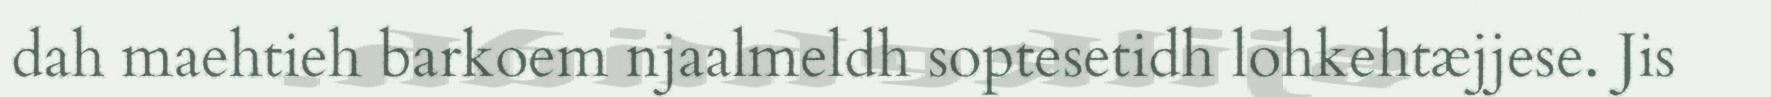
dah maehtieh barkoem njaalmeldh soptesetidh lohkehtæjjese. Jis